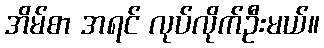
အိမ်စာ အရင် လုပ်လိုက်ဦးမယ်။